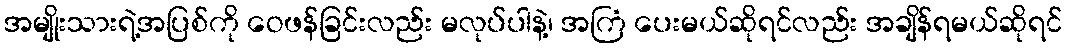
အမျိုးသားရဲ့အပြစ်ကို ဝေဖန်ခြင်းလည်း မလုပ်ပါနဲ့၊ အကြံ ပေးမယ်ဆိုရင်လည်း အချိန်ရမယ်ဆိုရင်